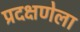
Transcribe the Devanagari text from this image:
प्रदक्षणेला